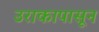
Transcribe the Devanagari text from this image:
उराकापासून